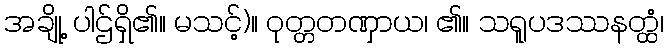
အချို့ ပါဌ်ရှိ၏။ မသင့်)။ ဝုတ္တတဏှာယ၊ ၏။ သရူပဒဿနတ္ထံ၊